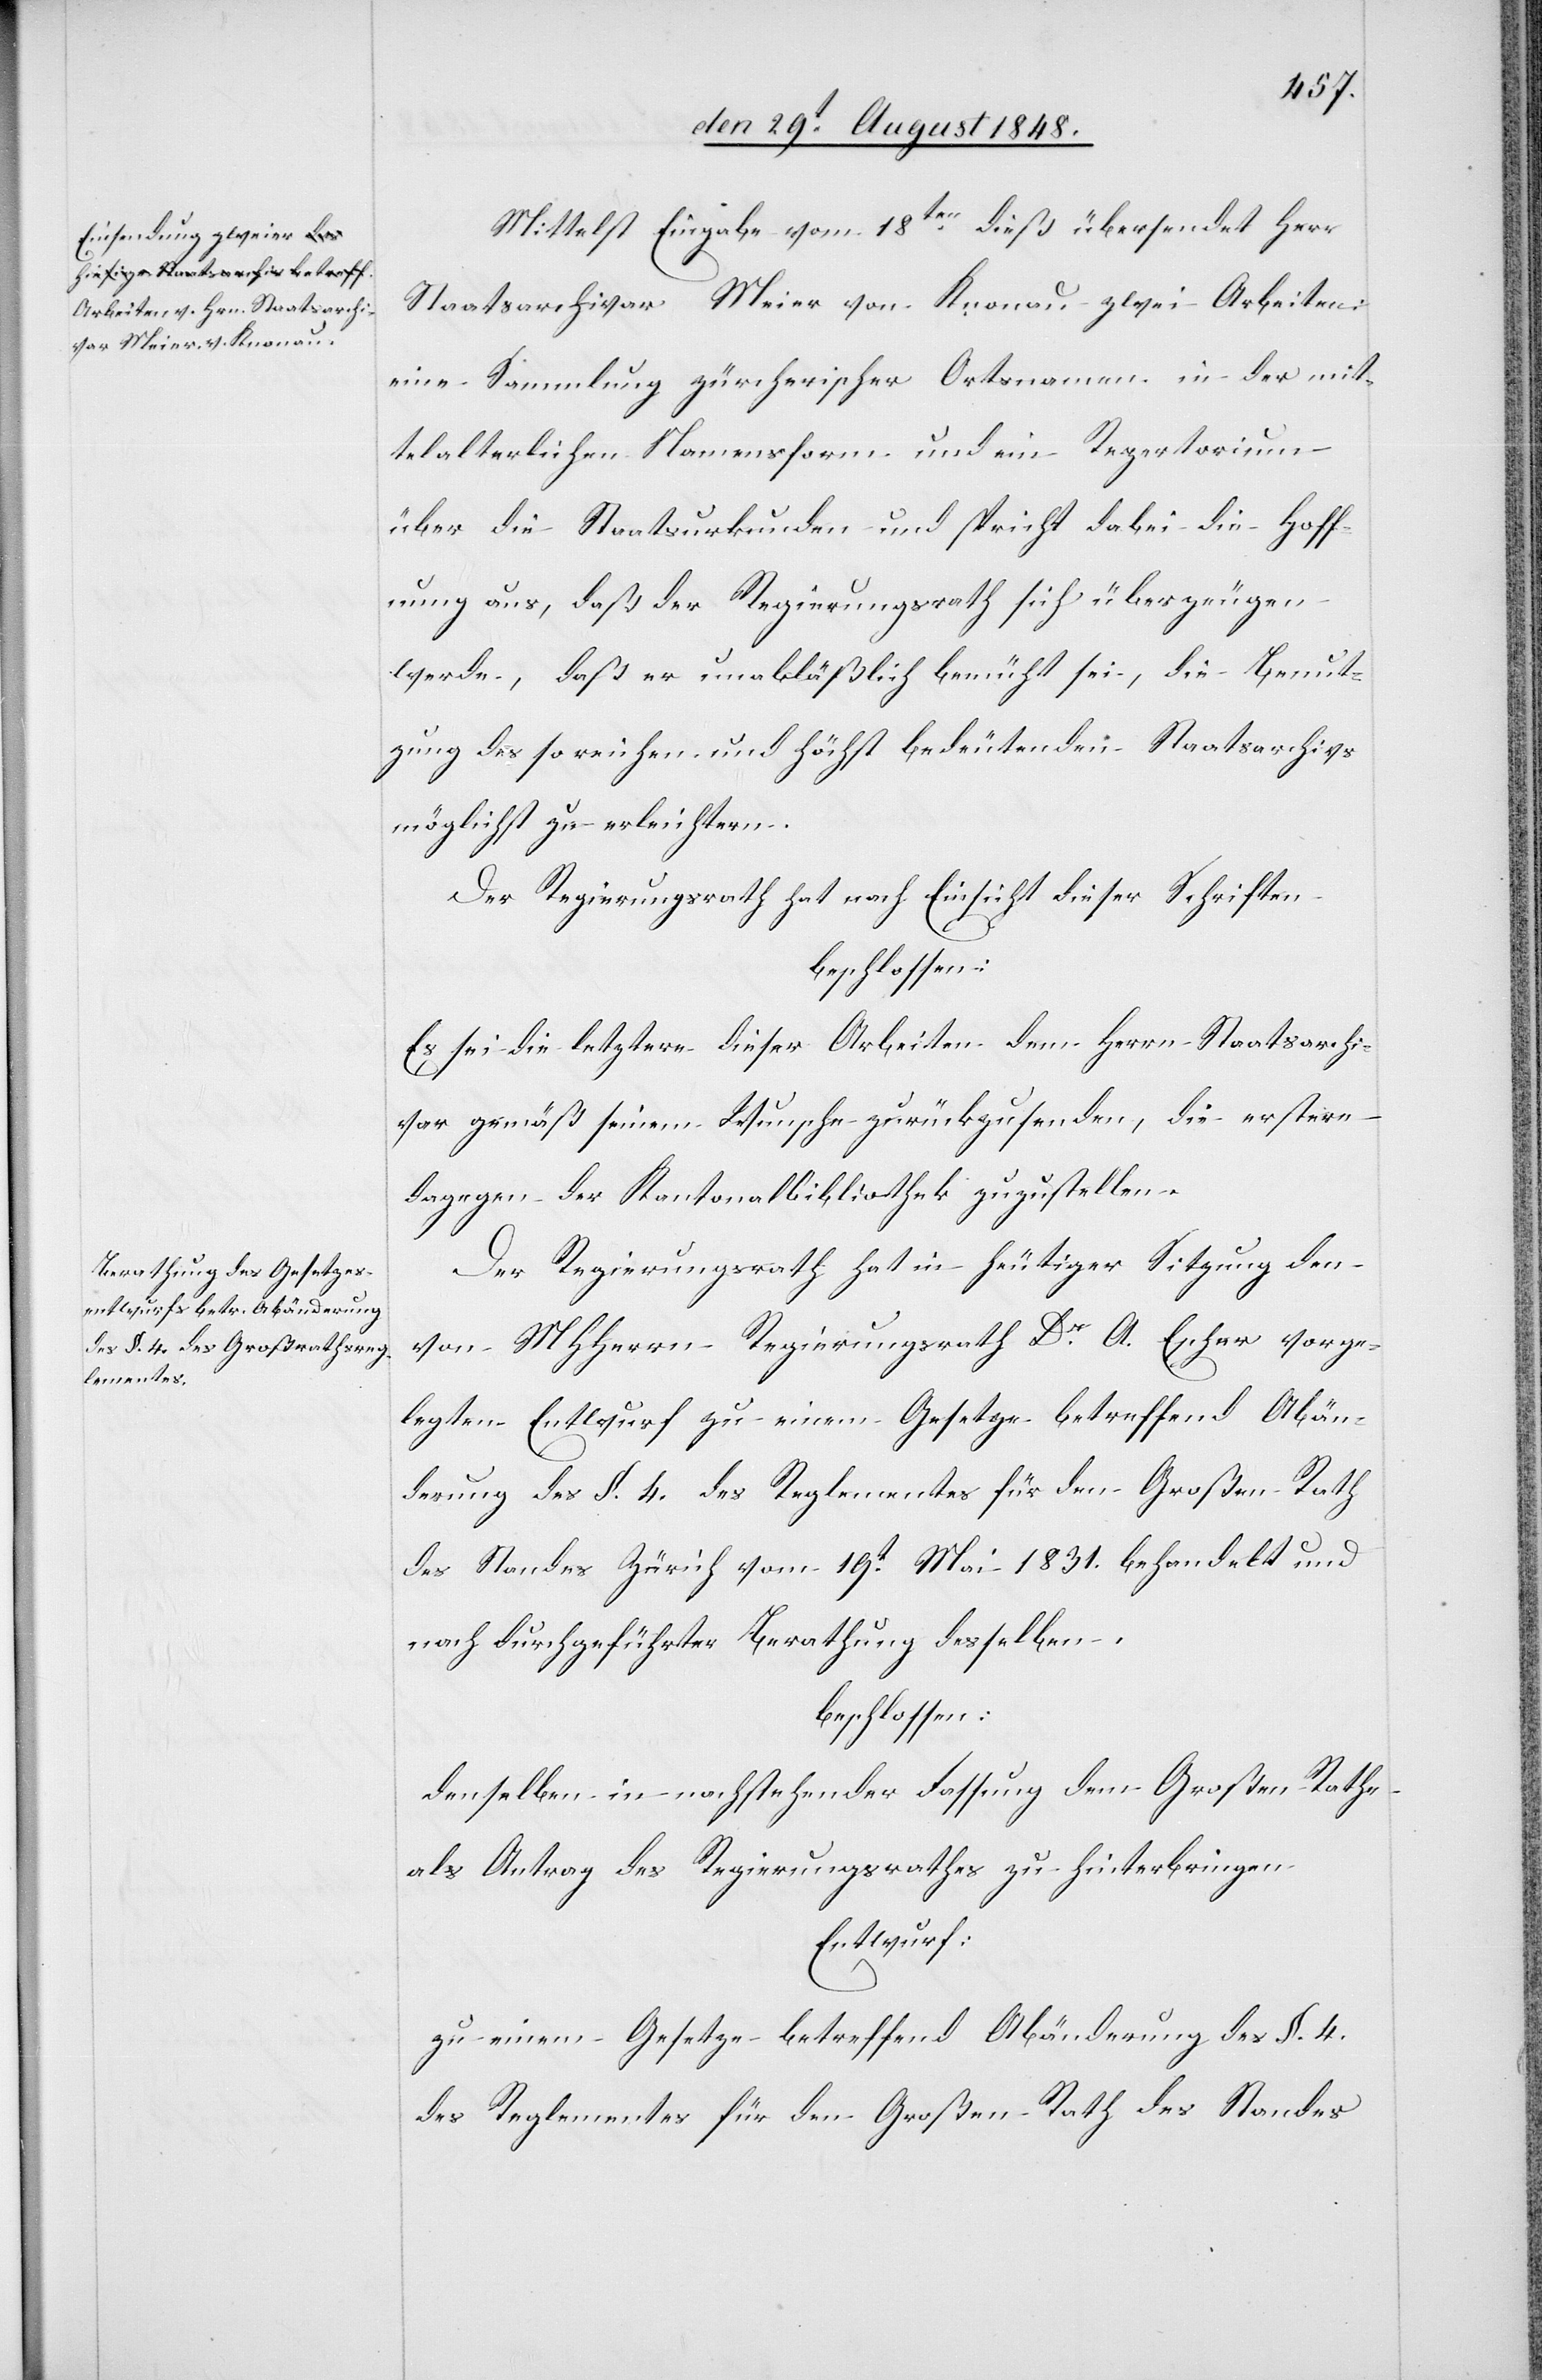
Mittelst Eingabe vom 18ten dieß übersendet Herr
Staatsarchivar Meier von Knonau zwei Arbeiten:
eine Sammlung zürcherischer Ortsnamen in der mit¬
telalterlichen Namensform und ein Repertorium
über die Staatsurkunden und spricht dabei die Hoff¬
nung aus, daß der Regierungsrath sich überzeugen
werde, daß er unabläßlich bemüht sei, die Benut¬
zung des so reichen und höchst bedeutenden Staatsarchivs
möglichst zu erleichtern.
Der Regierungsrath hat nach Einsicht dieser Schriften
beschlossen:
Es sei die letztere dieser Arbeiten dem Herrn Staatsarchi¬
var gemäß seinem Wunsche zurückzusenden, die erstere
dagegen der Kantonalbibliothek zuzustellen.
Der Regierungsrath hat in heutiger Sitzung den
von MHHerrn Regierungsrath Dr. A. Escher vorge¬
legten Entwurf zu einem Gesetze betreffend Abän¬
derung des §. 4. des Reglementes für den Großen Rath
des Standes Zürich vom 19t Mai 1831. behandelt und
nach durchgeführter Berathung desselben
beschlossen:
denselben in nachstehender Fassung dem Großen Rathe
als Antrag des Regierungsrathes zu hinterbringen
Entwurf:
zu einem Gesetze betreffend Abänderung des §. 4.
des Reglementes für den Großen Rath des Standes